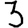
Digit: 3